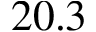
2 0 . 3